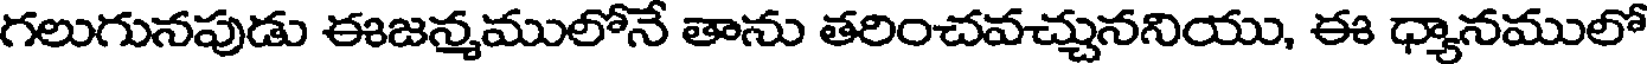
గలుగునపుడు ఈజన్మములోనే తాను తరించవచ్చుననియు, ఈ ధ్యానములో